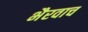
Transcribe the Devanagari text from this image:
भैरवाच